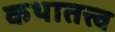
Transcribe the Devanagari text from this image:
कथातत्त्व